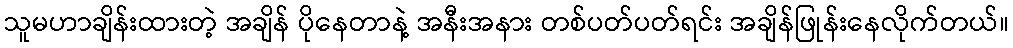
သူမဟာချိန်းထားတဲ့ အချိန် ပိုနေတာနဲ့ အနီးအနား တစ်ပတ်ပတ်ရင်း အချိန်ဖြုန်းနေလိုက်တယ်။